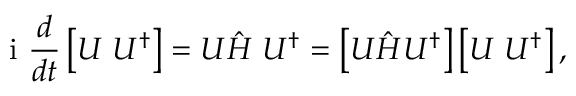
\mathrm { ~ i ~ } \frac { d } { d t } \left[ U { \bf \Psi } U ^ { \dagger } \right] = U { \hat { \cal H } } { \bf \Psi } U ^ { \dagger } = \left[ U { \hat { \cal H } } U ^ { \dagger } \right] \left[ U { \bf \Psi } U ^ { \dagger } \right] ,